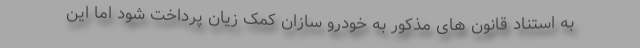
به استناد قانون های مذکور به خودرو سازان کمک زیان پرداخت شود اما این